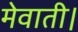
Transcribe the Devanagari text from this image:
मेवाती।